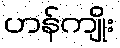
ဟန်ကျိုး